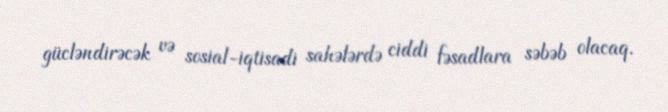
gücləndirəcək və sosial-iqtisadi sahələrdə ciddi fəsadlara səbəb olacaq.